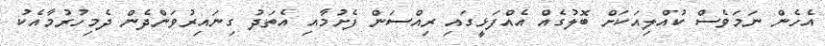
އެހެން ނަމަވެސް ކުއްލިއަކަށް ބޮލުގެއް އެއްފަޅީގައި ރިއްސަން ފެށުމާއި އެތަދު ގިނައިރުވަންދެން ދެމިހުރުމާއެކު